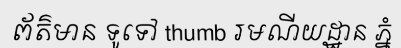
ព័ត៌មាន ទូទៅ thumb រមណីយដ្ឋាន ភ្នំ